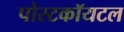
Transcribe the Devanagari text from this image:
पोस्टकॉयटल